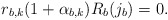
\begin{align*} r_{b,k}(1 + \alpha _{b,k}) R_b (j_b) = 0.\end{align*}